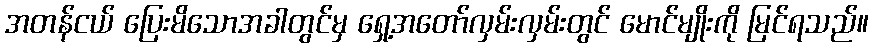
အတန်ငယ် ပြေးမိသောအခါတွင်မှ ရှေ့အတော်လှမ်းလှမ်းတွင် မောင်မျိုးကို မြင်ရသည်။